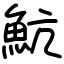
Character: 魧